Indian journal of veterinary science and animal husbandry - Volumes 15-17, 1948-1951
Year: 1948
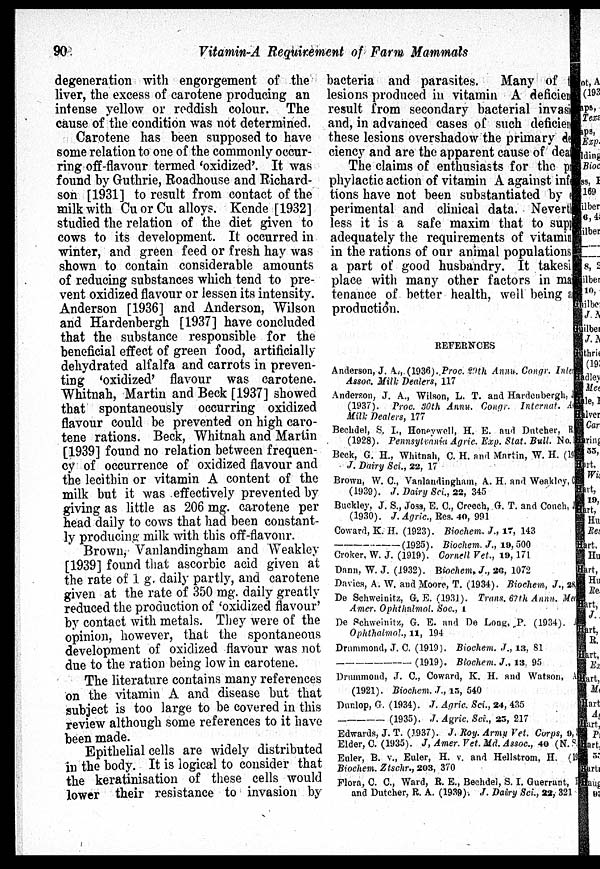
90
Vitamin-A Requirement of Farm Mammals
degeneration with engorgement of the
liver, the excess of carotene producing an
intense yellow or reddish colour. The
cause of the condition was not determined.
Carotene has been supposed to have
some relation to one of the commonly occur-
ring off-flavour termed 'oxidized'. It was
found by Guthrie, Roadhouse and Richard-
son [1931] to result from contact of the
milk with Cu or Cu alloys. Kende[1932]
studied the relation of the diet given to
cows to its development. It occurred in
winter, and green feed or fresh hay was
shown to contain considerable amounts
of reducing substances which tend to pre-
vent oxidized flavour or lessen its intensity.
Anderson [1936] and Anderson, Wilson
and Hardenbergh [1937] have concluded
that the substance responsible for the
beneficial effect of green food, artificially
dehydrated alfalfa and carrots in preven-
ting 'oxidized' flavour was carotene.
Whitnah, Martin and Beck [1937] showed
that spontaneously occurring oxidized
flavour could be prevented on high caro-
tene rations. Beck, Whitnah and Martin
[1939] found no relation between frequen-
cy of occurrence of oxidized flavour and
the lecithin or vitamin A content of the
milk but it was effectively prevented by
giving as little as 206 mg. carotene per
head daily to cows that had been constant-
ly producing milk with this off-flavonr.
Brown, Vanlandingham and Weakley
[1939] found that ascorbic acid given at
the rate of 1 g daily partly, and carotene
given at the rate of 350 mg. daily greatly
reduced the production of 'oxidized flavour'
by contact with metals. They were of the
opinion, however, that the spontaneous
development of oxidized flavour was not
due to the ration being low in carotene.
The literature contains many references
on the vitamin A and disease but that
subject is too large to be covered in this
review although some references to it have
been made.
Epithelial cells are widely distributed
in the body. It is logical to consider that
the keratinisation of these cells would
lower their resistance to invasion by
bacteria and parasites. Many of
lesions produced in vitamin A deficiency
result from secondary bacterial invasi
and, in advanced cases of such deficien
these lesions overshadow the primary defi
ciency and are the apparent cause of death
The claims of enthusiasts for the pr
phylactic action of vitamin A against infec
tions have not been substantiated by ex
perimental and clinical data. Neverth
less it is a safe maxim that to support
adequately the requirements of vitamin
in the rations of our animal populations
a part of good husbandry. It takesi
place with many other factors in mai
tenance of better health, well being an
production.
REFERNCES
Anderson, J. A., (1936). Proc. 29th Annu. Congr. Inter
Assoc. Milk Dealers, 117
Anderson, J. A., Wilson, L. T. and Hardenbergh, J
(1937). Proc. 30th Annu. Congr. Internat.
Milk Dealers, 177
Bechdel, S. I., Honeywell, H. E. and Dutcher, R.
(1928). Pennsytvania Agric. Exp. Stat. Bull. No.
Beck, G. H., Whitnah, C. H. and Martin, W. H. (19
J. Dairy Sci., 22, 17
Brown, W. C., Vanlandingham, A. H. and Weakley, C
(1939). J. Dairy Sci., 22, 345
Buckley, J. S., Joss, E. C., Creech, G. T. and Couch, J
(1930). J. Agric., Res. 40, 991
Coward, K. H. (1923). Biochem. J., 17, 143
—(1925).
Biochem, J., 19, 500
Croker, W. J. (1919). Cornell Vet., 19, 171
Dann, W. J. (1932). Biochem, J., 26, 1072
Davies, A. W. and Moore, T. (1934). Biochem, J., 28,
De Schweinitz, G. E. (1931). Trans. 67th Annu. Met
Amer. Ophthalmol. Soc., 1
De Schweinitz, G. E. and De Long. P. (1934). .
Ophthalmol., 11, 194
Drummond, J. C. (1919). Biochem. J., 13, 81
——(1919).
Biochem. J., 13. 95
Drummond, J. C., Coward, K. H. and Watson, A
(1921). Biochem. J., 15, 540
Dunlop, G. (1934). J. Agric. Sci., 24, 435
——(1935).
J. Agric. Sci., 25, 217
Edwards, J. T. (1937). J. Roy. Army Vet. Corps, 9,
Elder, C. (1935). J, Amer. Vet. Md. Assoc., 40 (N. S.
Euler, B. v., Euler, H. v. and Hellstrom, H. (19
Biochem. Ztschr., 203, 370
Flora, C. C., Ward, R. E., Bechdel, S. I. Guerrant,
and Dutcher, R. A. (1939). J. Dairy Sci., 22, 321